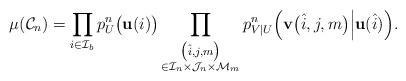
LaTeX: \begin{align*} \mu(\mathcal{C}_n)= \prod_{i\in\mathcal{I}_b}p^n_U\big(\mathbf{u}(i)\big) \prod_{\substack{\big(\hat{i},j,m\big)\\\in\mathcal{I}_n\times\mathcal{J}_n\times\mathcal{M}_m}}p^n_{V|U}\Big(\mathbf{v}\big(\hat{i},j,m\big)\Big|\mathbf{u}(\hat{i})\Big).\end{align*}